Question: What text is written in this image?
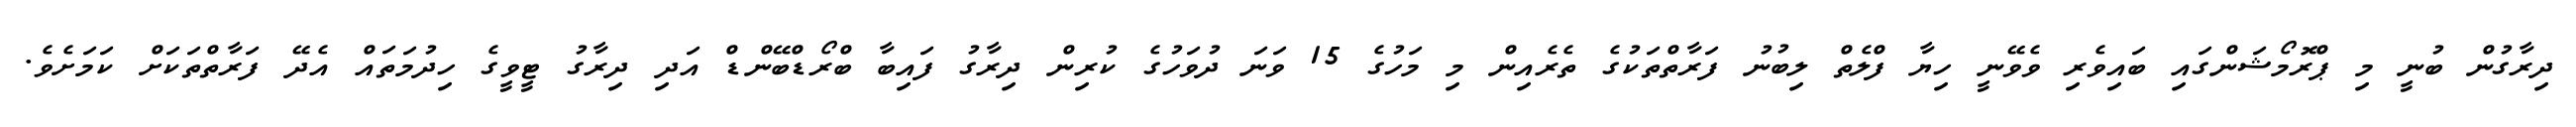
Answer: ދިރާގުން ބުނީ މި ޕްރޮމޯޝަންގައި ބައިވެރި ވެވޭނީ ހިޔާ ފްލެތް ލިބުނު ފަރާތްތަކުގެ ތެރެއިން މި މަހުގެ 15 ވަނަ ދުވަހުގެ ކުރިން ދިރާގު ފައިބާ ބްރޯޑްބޭންޑް އަދި ދިރާގު ޓީވީގެ ހިދުމަތައް އެދޭ ފަރާތްތަކަށް ކަމަށެވެ.